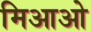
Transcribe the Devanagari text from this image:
मिआओ